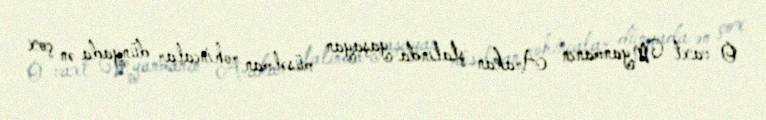
O vaxt Myanmanın Arakan ştatında yaşayan müsəlman rohincalar dünyada ən çox